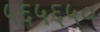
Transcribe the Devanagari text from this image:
५६५६५०